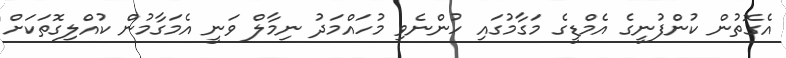
އެގޮތުން ކުންފުނީގެ އެމްޑީގެ މަގާމުގައި ހުންނެވި މުހައްމަދު ނިމާލް ވަނީ އެމަގާމުން ކުއްލިގޮތަކަށް